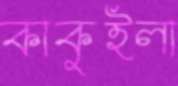
কাকুইলা